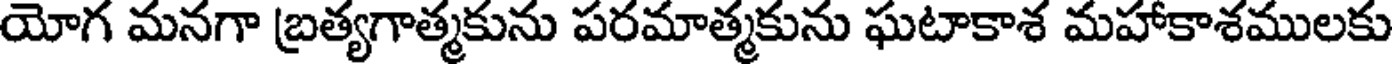
యోగ మనగా బ్రత్యగాత్మకును పరమాత్మకును ఘటాకాశ మహాకాశములకు